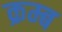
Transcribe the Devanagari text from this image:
क्रम्ब